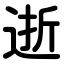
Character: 逝